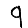
Digit: 9